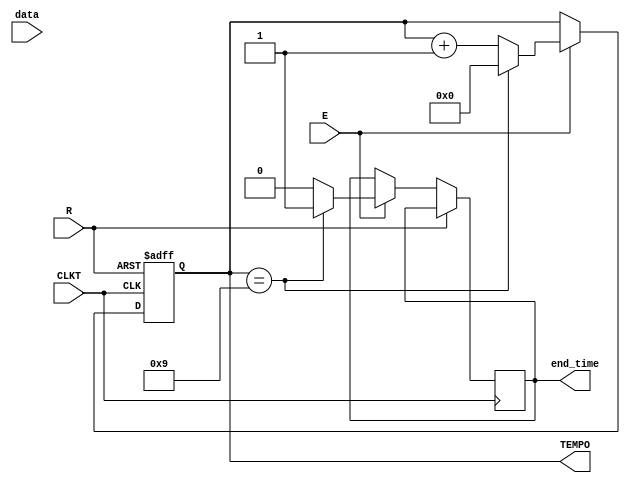
module counterTime
# (parameter SIZE = 4)
(
  CLKT,
  R,
  E,
  TEMPO,
end_time,
data
);


input wire CLKT, R, E, data;

output reg [SIZE-1:0] TEMPO;
output reg end_time;

always @(posedge CLKT or posedge R) 
begin
  if(R==1'b1) TEMPO <= 4'b0000;
  else 
  begin
    if ( E == 1'b1) begin
    if (TEMPO == 4'b1001) 
      begin
       TEMPO <= 4'b0000;
       end_time <= 1'b1;
      end
    else begin
      TEMPO <=  TEMPO + 1'b1;
    end_time <= 1'b0;
      end
    end
  end
end


endmodule